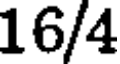
16/4